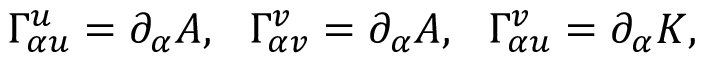
\Gamma _ { \alpha u } ^ { u } = \partial _ { \alpha } A , ~ ~ \Gamma _ { \alpha v } ^ { v } = \partial _ { \alpha } A , ~ ~ \Gamma _ { \alpha u } ^ { v } = \partial _ { \alpha } K ,